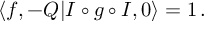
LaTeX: \langle f , - Q | I \circ g \circ I , 0 \rangle = 1 \, .